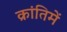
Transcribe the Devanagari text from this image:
क्रांतिमें